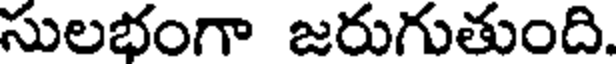
సులభంగా జరుగుతుంది.